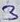
Text: 3